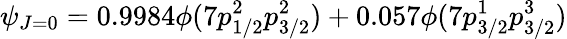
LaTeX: \psi_{J=0}=0.9984\phi(7p_{1/2}^{2}p_{3/2}^{2})+0.057\phi(7p_{3/2}^{1}p_{3/2}^{3})